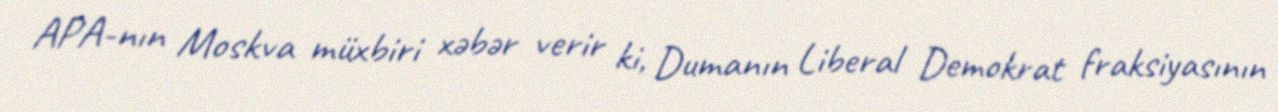
APA-nın Moskva müxbiri xəbər verir ki, Dumanın Liberal Demokrat fraksiyasının